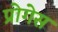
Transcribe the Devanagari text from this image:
प्रोगेस